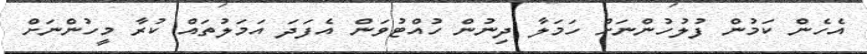
އެހެން ކަމުން ފުލުހުންނަށް ހަމަލާ ދިނުން ހުއްޓުވަން އެފަދަ އަމަލުތައް ކުރާ މީހުންނަށް